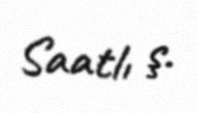
Saatlı ş.